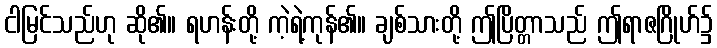
ငါမြင်သည်ဟု ဆို၏။ ရဟန်းတို့ ကဲ့ရဲ့ကုန်၏။ ချစ်သားတို့ ဤပြိတ္တာသည် ဤရာဇဂြိုဟ်၌